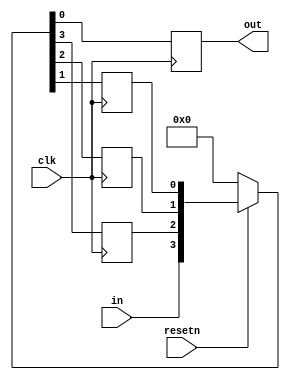
module shift_register (
    input clk,
    input resetn,   // synchronous reset
    input in,
    output out);
    
    reg q1,q2,q3 ;
    always @(posedge clk)begin
        if(!resetn)
        	{q1,q2,q3,out} <= 4'b0 ;
        else
            {q1,q2,q3,out} <= {in,q1,q2,q3};
            // with concatanation operator we can also use bloking operator
            //  like-- {q1,q2,q3,out} = {in,q1,q2,q3};
        
            //or out <= q3; q3 <= q2; q2 <= q1; q1 <= in;
            
    end

endmodule